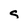
Character: s